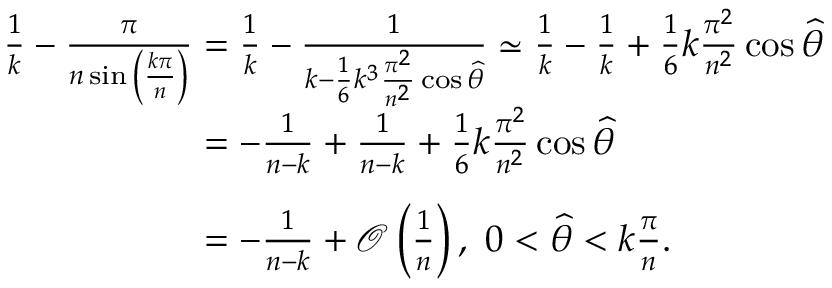
\begin{array} { r l } & { \frac { 1 } { k } - \frac { \pi } { n \sin { \left( \frac { k \pi } { n } \right) } } = \frac { 1 } { k } - \frac { 1 } { k - \frac { 1 } { 6 } k ^ { 3 } \frac { \pi ^ { 2 } } { n ^ { 2 } } \cos { \widehat { \theta } } } \simeq \frac { 1 } { k } - \frac { 1 } { k } + \frac { 1 } { 6 } k \frac { \pi ^ { 2 } } { n ^ { 2 } } \cos { \widehat { \theta } } } \\ & { \phantom { \frac { 1 } { k } - \frac { \pi } { n \sin { \left( \frac { k \pi } { n } \right) } } } = - \frac { 1 } { n - k } + \frac { 1 } { n - k } + \frac { 1 } { 6 } k \frac { \pi ^ { 2 } } { n ^ { 2 } } \cos { \widehat { \theta } } } \\ & { \phantom { \frac { 1 } { k } - \frac { \pi } { n \sin { \left( \frac { k \pi } { n } \right) } } } = - \frac { 1 } { n - k } + \mathcal { O } \left( \frac { 1 } { n } \right) , ~ 0 < \widehat { \theta } < k \frac { \pi } { n } . } \end{array}